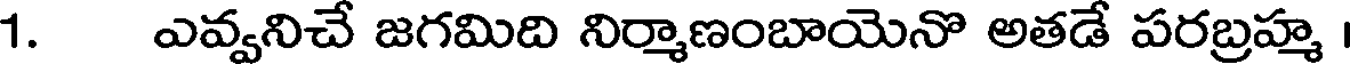
1. ఎవ్వనిచే జగమిది నిర్మాణంబాయెనొ అతడే పరబ్రహ్మ